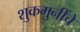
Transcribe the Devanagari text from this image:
शुकमुनींचे